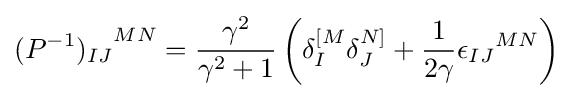
{(P^{-1})_{IJ}}^{MN}={\frac {\gamma ^{2}}{\gamma ^{2}+1}}\left(\delta _{I}^{[M}\delta _{J}^{N]}+{\frac {1}{2\gamma }}{\epsilon _{IJ}}^{MN}\right)